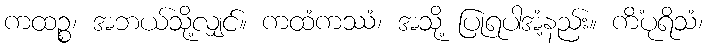
ကထဉ္စ၊ အဘယ်သို့လျှင်။ ကထံကဿံ၊ အသို့ ပြုရပါအံ့နည်း။ ကိံပုရိသံ၊